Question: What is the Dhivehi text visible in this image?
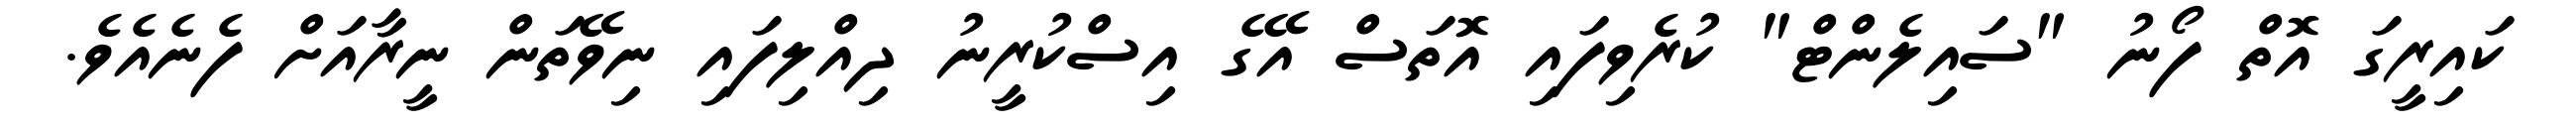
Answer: ކައިރީގަ އޮތް ފޯނު "ސައިލެންޓް" ކުރެވިފައި އޮތަސް އޭގެ އިސްކުރީނު ދިއްލިފައި ނިވޭތަން ނީރާއަށް ފެނެއެވެ.